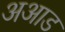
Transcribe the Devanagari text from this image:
अआड